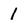
Character: 1